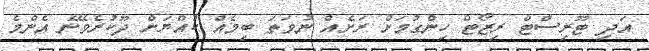
އަދި ޓޫރިސްޓް ރިޒޯޓް ހިންގުމަށް ރަށެއް ނުވަތަ ބިމެއް ކުއްޔަށް ދޫކުރެވޭނެ އެންމެ